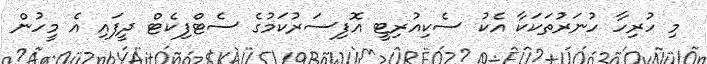
މި ހުރިހާ ހުނަރުތަކަކާ އެކު ސެކިއުރިޓީ އޮފިސަރުކަމުގެ ސެޓްފިކެޓް ދީފައި އެ މީހުން